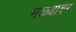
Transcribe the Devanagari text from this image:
मळ्यावर